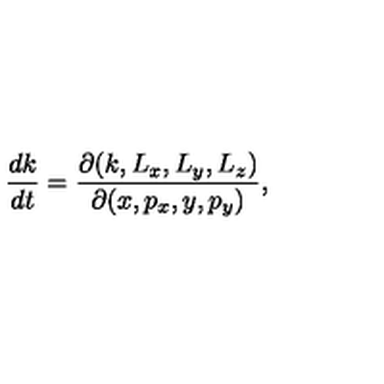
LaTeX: { \frac { d k } { d t } } = { \frac { \partial ( k , L _ { x } , L _ { y } , L _ { z } ) } { \partial ( x , p _ { x } , y , p _ { y } ) } } ,